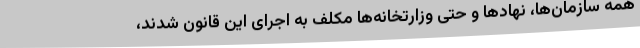
همه سازمان‌ها، نهادها و حتی وزارتخانه‌ها مکلف به اجرای این قانون شدند،